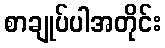
စာချုပ်ပါအတိုင်း